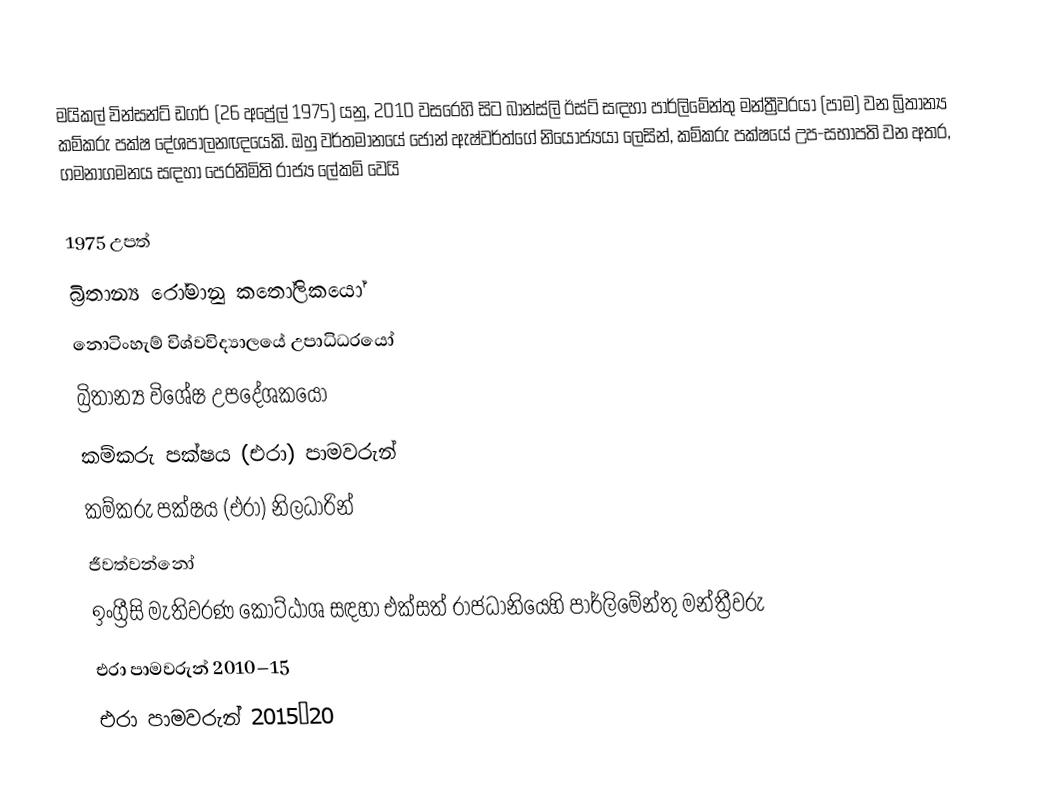
මයිකල් වින්සන්ට් ඩගර්  (26 අප්‍රේල් 1975) යනු,  2010 වසරෙහි සිට බාන්ස්ලි ඊස්ට් සඳහා පාර්ලිමේන්තු මන්ත්‍රීවරයා (පාම) වන  බ්‍රිතාන්‍ය කම්කරු පක්ෂ දේශපාලනඥයෙකි. ඔහු වර්තමානයේ   ජොන් ඇෂ්වර්ත්ගේ නියෝජ්‍යයා ලෙසින්, කම්කරු පක්ෂයේ උප-සභාපති වන අතර, ගමනාගමනය සඳහා පෙරනිමිති රාජ්‍ය ලේකම් වෙයි

1975 උපත්
බ්‍රිතාන්‍ය රෝමානු කතෝලිකයෝ
නොටිංහැම් විශ්වවිද්‍යාලයේ උපාධිධරයෝ
බ්‍රිතාන්‍ය විශේෂ උපදේශකයෝ
කම්කරු පක්ෂය (එරා) පාමවරුන්
කම්කරු පක්ෂය (එරා) නිලධාරින්
ජීවත්වන්නෝ
 ඉංග්‍රීසි මැතිවරණ කොට්ඨාශ සඳහා එක්සත් රාජධානියෙහි පාර්ලිමේන්තු මන්ත්‍රීවරු
එරා පාමවරුන් 2010–15
එරා පාමවරුන් 2015–20